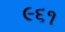
૯૬૧